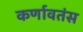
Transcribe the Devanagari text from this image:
कर्णावतंस